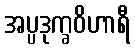
အပ္ပဒုက္ခဝိဟာရီ